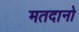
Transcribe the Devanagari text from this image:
मतदानो